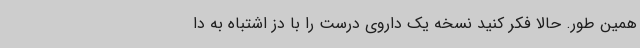
همین‌ طور. حالا فکر کنید نسخه یک داروی درست را با دز اشتباه به دا